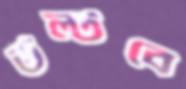
উল্‌টবে